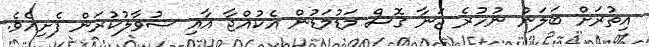
އިތުރަށް ބަލަން ނުހުރެ ޖަނާ ގޮސް މަޑުމަޑުން އެކުއްޖާ އާއި ސުވާލުކުރަން ފެށިއެވެ.